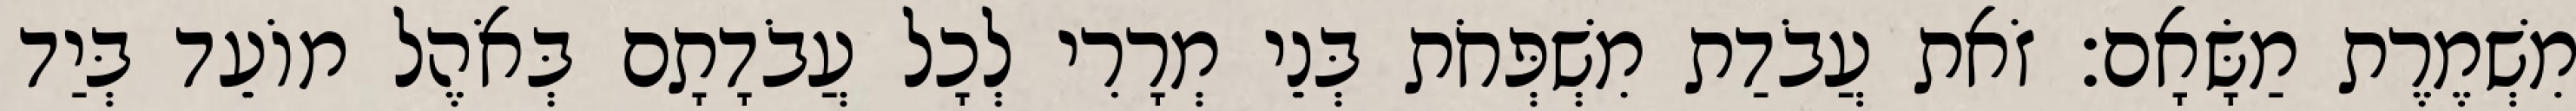
מִשְׁמֶרֶת מַשָּׂאָם׃ זֹאת עֲבֹדַת מִשְׁפְּחֹת בְּנֵי מְרָרִי לְכָל עֲבֹדָתָם בְּאֹהֶל מוֹעֵד בְּיַד